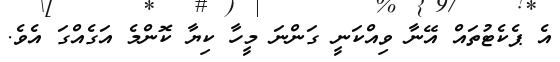
އެ ޕެކެޓުތައް އޭނާ ވިއްކަނީ ގަންނަ މީހާ ކިޔާ ކޮންމެ އަގެއްގަ އެވެ.